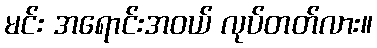
မင်း အရောင်းအဝယ် လုပ်တတ်လား။